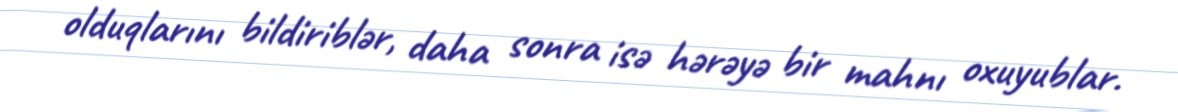
olduqlarını bildiriblər, daha sonra isə hərəyə bir mahnı oxuyublar.